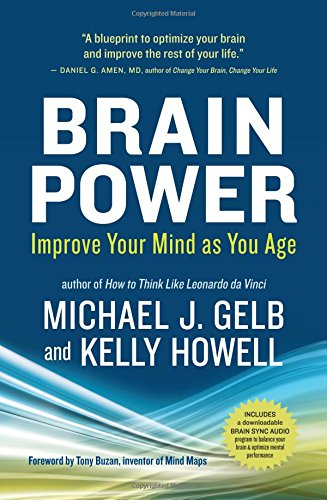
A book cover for Brain Power: Improve Your Mind as You Age; Michael J. Gelb; Self-Help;